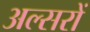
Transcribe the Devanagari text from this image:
अल्सरों